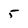
Character: 5